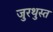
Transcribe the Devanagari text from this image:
जुरथुस्त